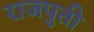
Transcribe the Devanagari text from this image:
राजपुती